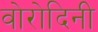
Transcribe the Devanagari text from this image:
वोरोदिनी